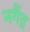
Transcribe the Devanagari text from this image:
नगैंद्र